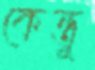
কেন্তু